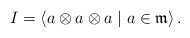
\begin{align*}I= \left\langle a\otimes a\otimes a\mid a\in \mathfrak{m}\right\rangle.\end{align*}